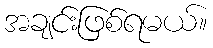
အချင်းဖြစ်ရမယ်။